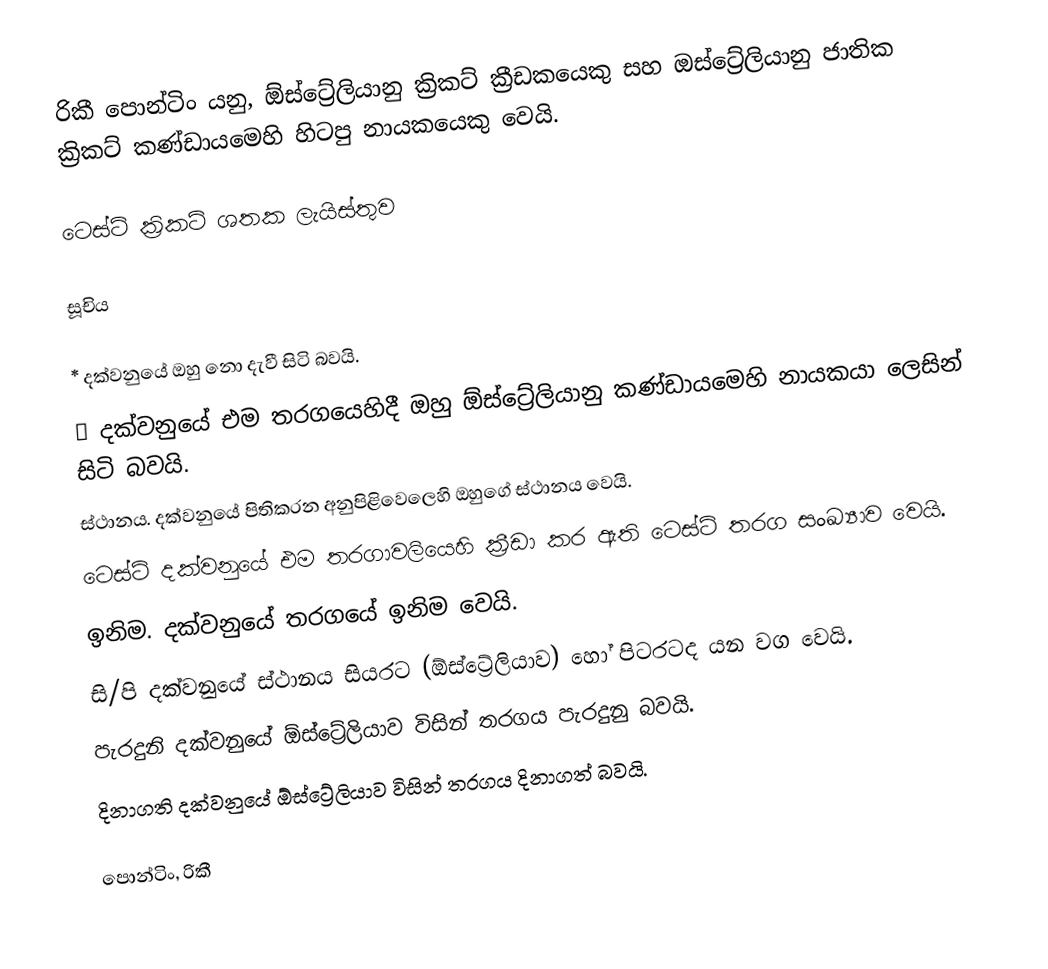
රිකී පොන්ටිං යනු,  ඕස්ට්‍රේලියානු ක්‍රිකට් ක්‍රීඩකයෙකු සහ ඔස්ට්‍රේලියානු ජාතික ක්‍රිකට් කණ්ඩායමෙහි හිටපු නායකයෙකු වෙයි.

ටෙස්ට් ක්‍රිකට් ශතක ලැයිස්තුව

සූචිය

 * දක්වනුයේ ඔහු නො දැවී සිටි බවයි.
 ♠ දක්වනුයේ එම තරගයෙහිදී ඔහු ඕස්ට්‍රේලියානු කණ්ඩායමෙහි නායකයා ලෙසින් සිටි බවයි.
 ස්ථානය. දක්වනුයේ පිතිකරන අනුපිළිවෙලෙහි ඔහුගේ ස්ථානය වෙයි.
 ටෙස්ට් දක්වනුයේ එම තරගාවලියෙහි ක්‍රීඩා කර ඇති ටෙස්ට් තරග සංඛ්‍යාව වෙයි.
 ඉනිම. දක්වනුයේ  තරගයේ  ඉනිම වෙයි.
 සි/පි දක්වනුයේ ස්ථානය සියරට (ඕස්ට්‍රේලියාව) හෝ  පිටරටද යන වග වෙයි.
 පැරදුනි දක්වනුයේ ඕස්ට්‍රේලියාව  විසින් තරගය පැරදුනු බවයි.
 දිනාගති දක්වනුයේ  ඕස්ට්‍රේලියාව විසින් තරගය දිනාගත් බවයි.

පොන්ටිං, රිකී